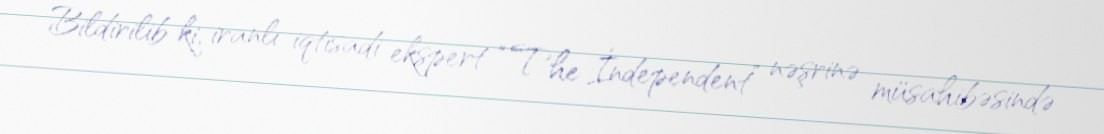
Bildirilib ki, iranlı iqtisadi ekspert “The İndependent” nəşrinə müsahibəsində